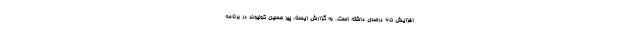
افزایش ۶۵ درصدی داشته است. به گزارش ایسنا، پیر حسین کولیوند در برنامه